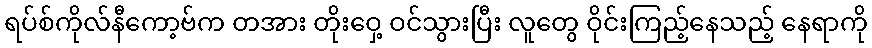
ရပ်စ်ကိုလ်နီကော့ဗ်က တအား တိုးဝှေ့ ဝင်သွားပြီး လူတွေ ဝိုင်းကြည့်နေသည့် နေရာကို